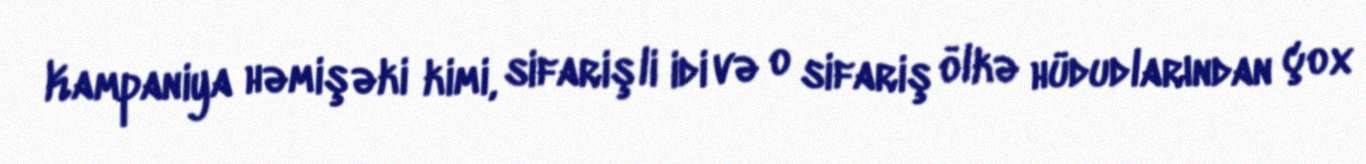
Kampaniya həmişəki kimi, sifarişli idi və o sifariş ölkə hüdudlarından çox